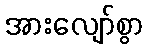
အားလျော်စွာ